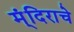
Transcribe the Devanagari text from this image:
म्ंदिराचे